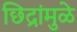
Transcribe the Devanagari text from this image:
छिद्रांमुळे